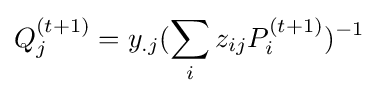
Q_{j}^{(t+1)}=y_{.j}(\sum _{i}z_{ij}P_{i}^{(t+1)})^{-1}